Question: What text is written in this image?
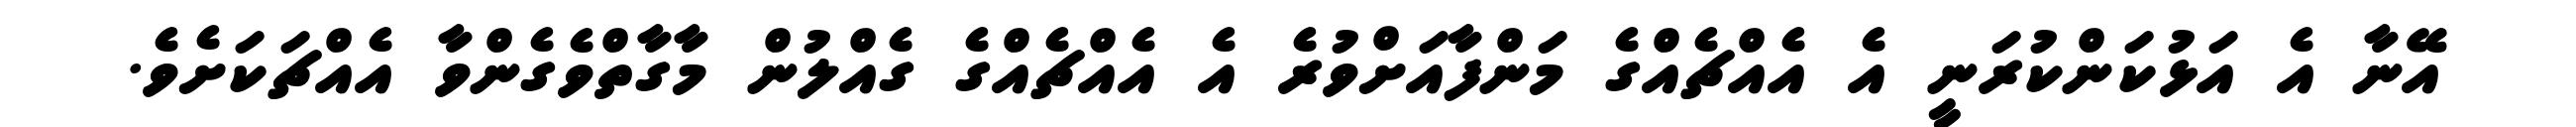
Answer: އޭނާ އެ އަޅުކަންކުރަނީ އެ އެއްޗެއްގެ މަންފާއަށްވުރެ އެ އެއްޗެއްގެ ގެއްލުން މާގާތްވެގެންވާ އެއްޗަކަށެވެ.